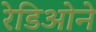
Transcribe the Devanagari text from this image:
रेडिओने